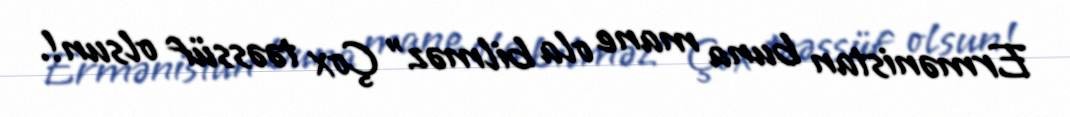
Ermənistan buna mane ola bilməz” Çox təəssüf olsun!.